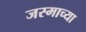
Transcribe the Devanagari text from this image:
जस्माच्या